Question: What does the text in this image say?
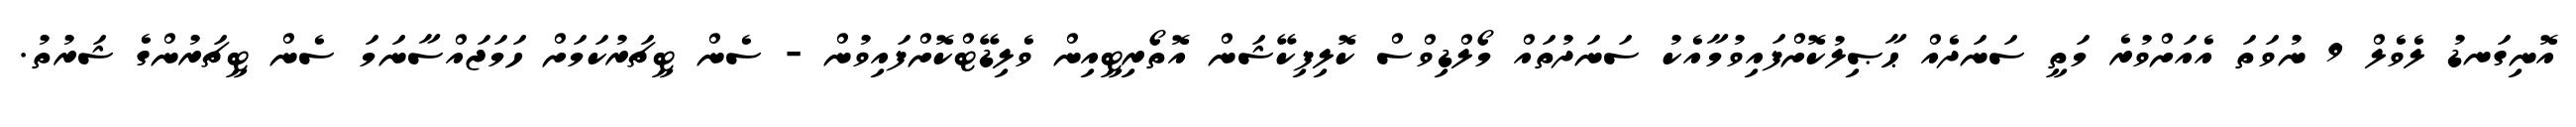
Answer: އޮނިގަނޑު ލެވެލް 9 ނުވަތަ އެއަށްވުރެ މަތީ ސަނަދެއް ޙާޞިލުކޮށްފައިވުމާއެކު ސަނަދުތައް މޯލްޑިވްސް ކޮލިފިކޭޝަން އޮތޯރިޓީއިން ވެލިޑޭޓްކޮށްފައިވުން - ސެން ޓީޗަރުކަމަށް ހަމަޖައްސާނަމަ ސެން ޓީޗަރުންގެ ޝަރުތު.